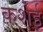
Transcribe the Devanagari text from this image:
कशेई